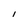
Character: 1